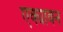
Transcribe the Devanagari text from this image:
एक्यावन